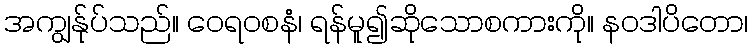
အကျွန်ုပ်သည်။ ဝေရဝစနံ၊ ရန်မူ၍ဆိုသောစကားကို။ နဝဒါပိတော၊